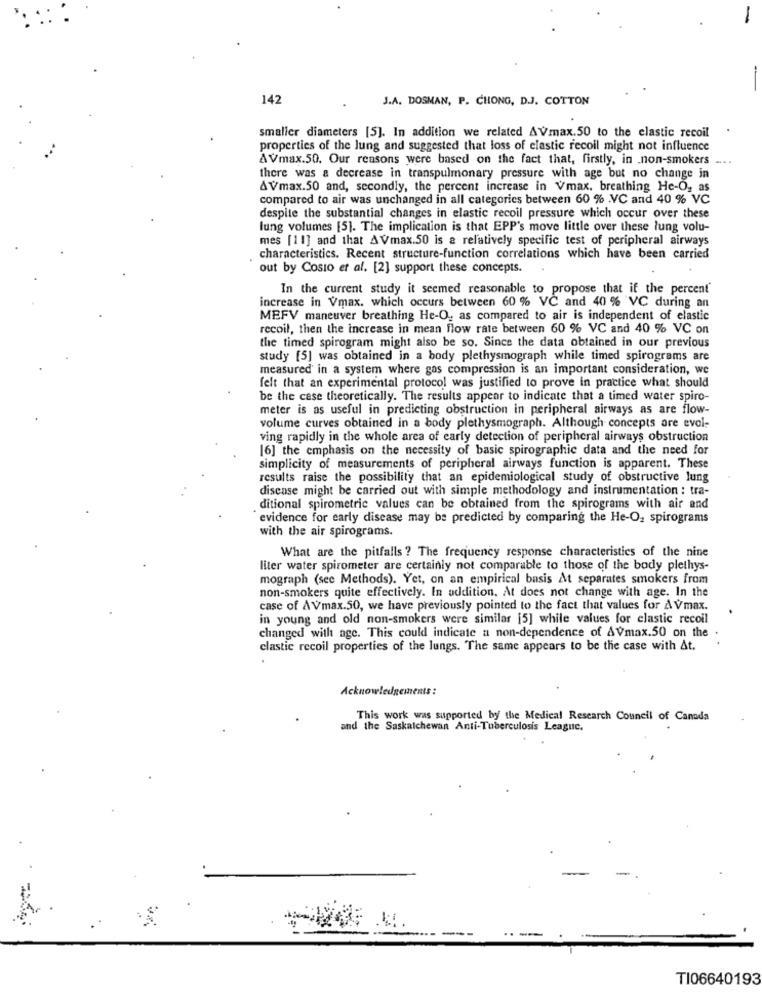
-
147
J.A. DOSMAN, P. CHONG, D.J. COTTON
smaller diameters [5]. In addition we related AVmax.50 to the elastic recoil
properties of the lung and suggested that loss of elastic recoil might not influence
AVmax.50. Our reasons were based on the fact that, firstly, in non-smokers ....
there was a decrease in transpulmonary pressure with age but no change in
AVmax.50 and, secondly, the percent increase in Vmax, breathing He-O, as
compared to air was unchanged in all categories between 60 % .VC and 40 % VC
despite the substantial changes in elastic recoil pressure which occur over these
lung volumes [5]. The implication is that EPP's move little over these lung volu-
mes [11] and that AVmax.50 is a relatively specific test of peripheral airways
characteristics. Recent structure-function correlations which have been carried
out by Costo et al. [2] support these concepts.
In the current study it seemed reasonable to propose that if the percent
increase in Vmax. which occurs between 60 % VC and 40 % VC during an
MEFV maneuver breathing He-O, as compared to air is independent of elastic
recoil, then the increase in mean flow rate between 60 % VC and 40 % VC on
the timed spirogram might also be so. Since the data obtained in our previous
study [5] was obtained in a body plethysmograph while timed spirograms are
measured in a system where gas compression is an important consideration, we
felt that an experimental protocol was justified to prove in practice what should
be the case theoretically. The results appear to indicate that a timed water spiro-
meter is as useful in predicting obstruction in peripheral airways as are flow-
volume curves obtained in a body plethysmograph. Although concepts are evol-
ving rapidly in the whole area of early detection of peripheral airways obstruction
[6] the emphasis on the necessity of basic spirographic data and the need for
simplicity of measurements of peripheral airways function is apparent. These
results raise the possibility that an epidemiological study of obstructive lung
disease might be carried out with simple methodology and instrumentation : tra-
ditional spirometrie values can be obtained from the spirograms with air and
evidence for early disease may be predicted by comparing the He-O, spirograms
with the air spirograms.
What are the pitfalls ? The frequency response characteristics of the nine
liter water spirometer are certainly not comparable to those of the body plethys-
mograph (see Methods). Yet, on an empirical basis At separates smokers from
non-smokers quite effectively. In addition. At does not change with age. In the
case of AVmax.50, we have previously pointed to the fact that values for AVmax.
in young and old non-smokers were similar [5] while values for elastic recoil
changed with age. This could indicate a non-dependence of AVmax.50 on the .
clastic recoil properties of the lungs. The same appears to be the case with At.
Acknowledgements :
This work was supported by the Medical Research Council of Canada
and the Saskatchewan Anti-Tuberculosis League.
TI06640193